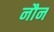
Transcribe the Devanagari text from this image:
नौन